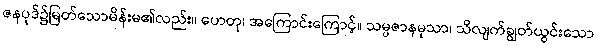
ဇနပုဒ်၌မြတ်သောမိန်းမ၏လည်း။ ဟေတု၊ အကြောင်းကြောင့်။ သမ္ပဇာနမုသာ၊ သိလျက်ချွတ်ယွင်းသော